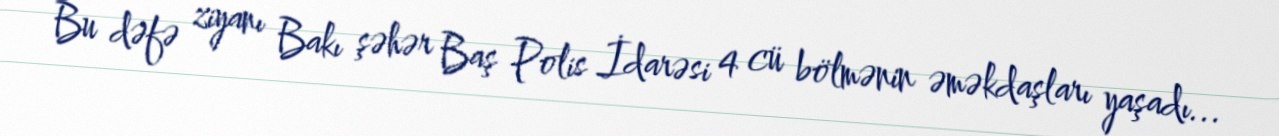
Bu dəfə ziyanı Bakı şəhər Baş Polis İdarəsi 4 cü bölmənin əməkdaşları yaşadı...